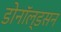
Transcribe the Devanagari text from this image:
डोनॉल्डसन